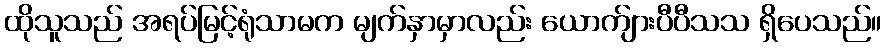
ထိုသူသည် အရပ်မြင့်ရုံသာမက မျက်နှာမှာလည်း ယောက်ျားပီပီသသ ရှိပေသည်။